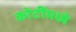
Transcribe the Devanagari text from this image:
कोटींमध्ये